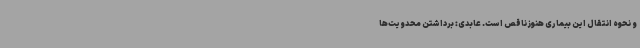
و نحوه انتقال این بیماری هنوز ناقص است. عابدی: برداشتن محدویت‌ها